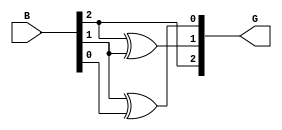
module gray_code_encoder #(parameter n = 3) (
    input  [n-1:0] B,  // n-bit binary input
    output [n-1:0] G   // n-bit Gray code output
);

    // Gray code conversion
    assign G[n-1] = B[n-1]; // MSB of Gray code is the same as MSB of binary input
    genvar i;
    generate
        for (i = n-2; i >= 0; i = i - 1) begin : gray_conversion
            assign G[i] = B[i+1] ^ B[i]; // G[i] = B[i+1] XOR B[i]
        end
    endgenerate

endmodule